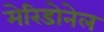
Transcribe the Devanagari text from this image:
मेरिडोनेल